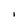
Character: I